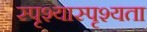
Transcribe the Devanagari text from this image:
स्पृश्यास्पृश्यता